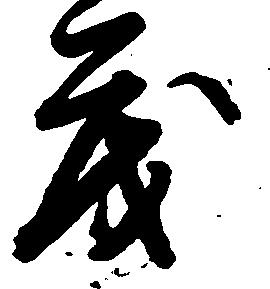
度